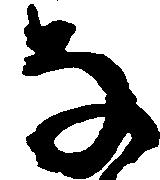
な